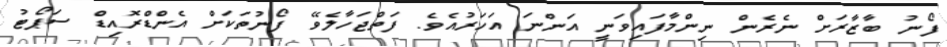
ފޯނު ބާޒާރަށް ނެރެން ނިންމާފައިވަނީ އަންނަ އަހަރުއެވެ. ފަތްޖަހާލެވޭ ފޯނުތަކަށް އެންޑްރޮއިޑް ސަޕޯޓު